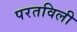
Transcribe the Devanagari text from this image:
परतविली